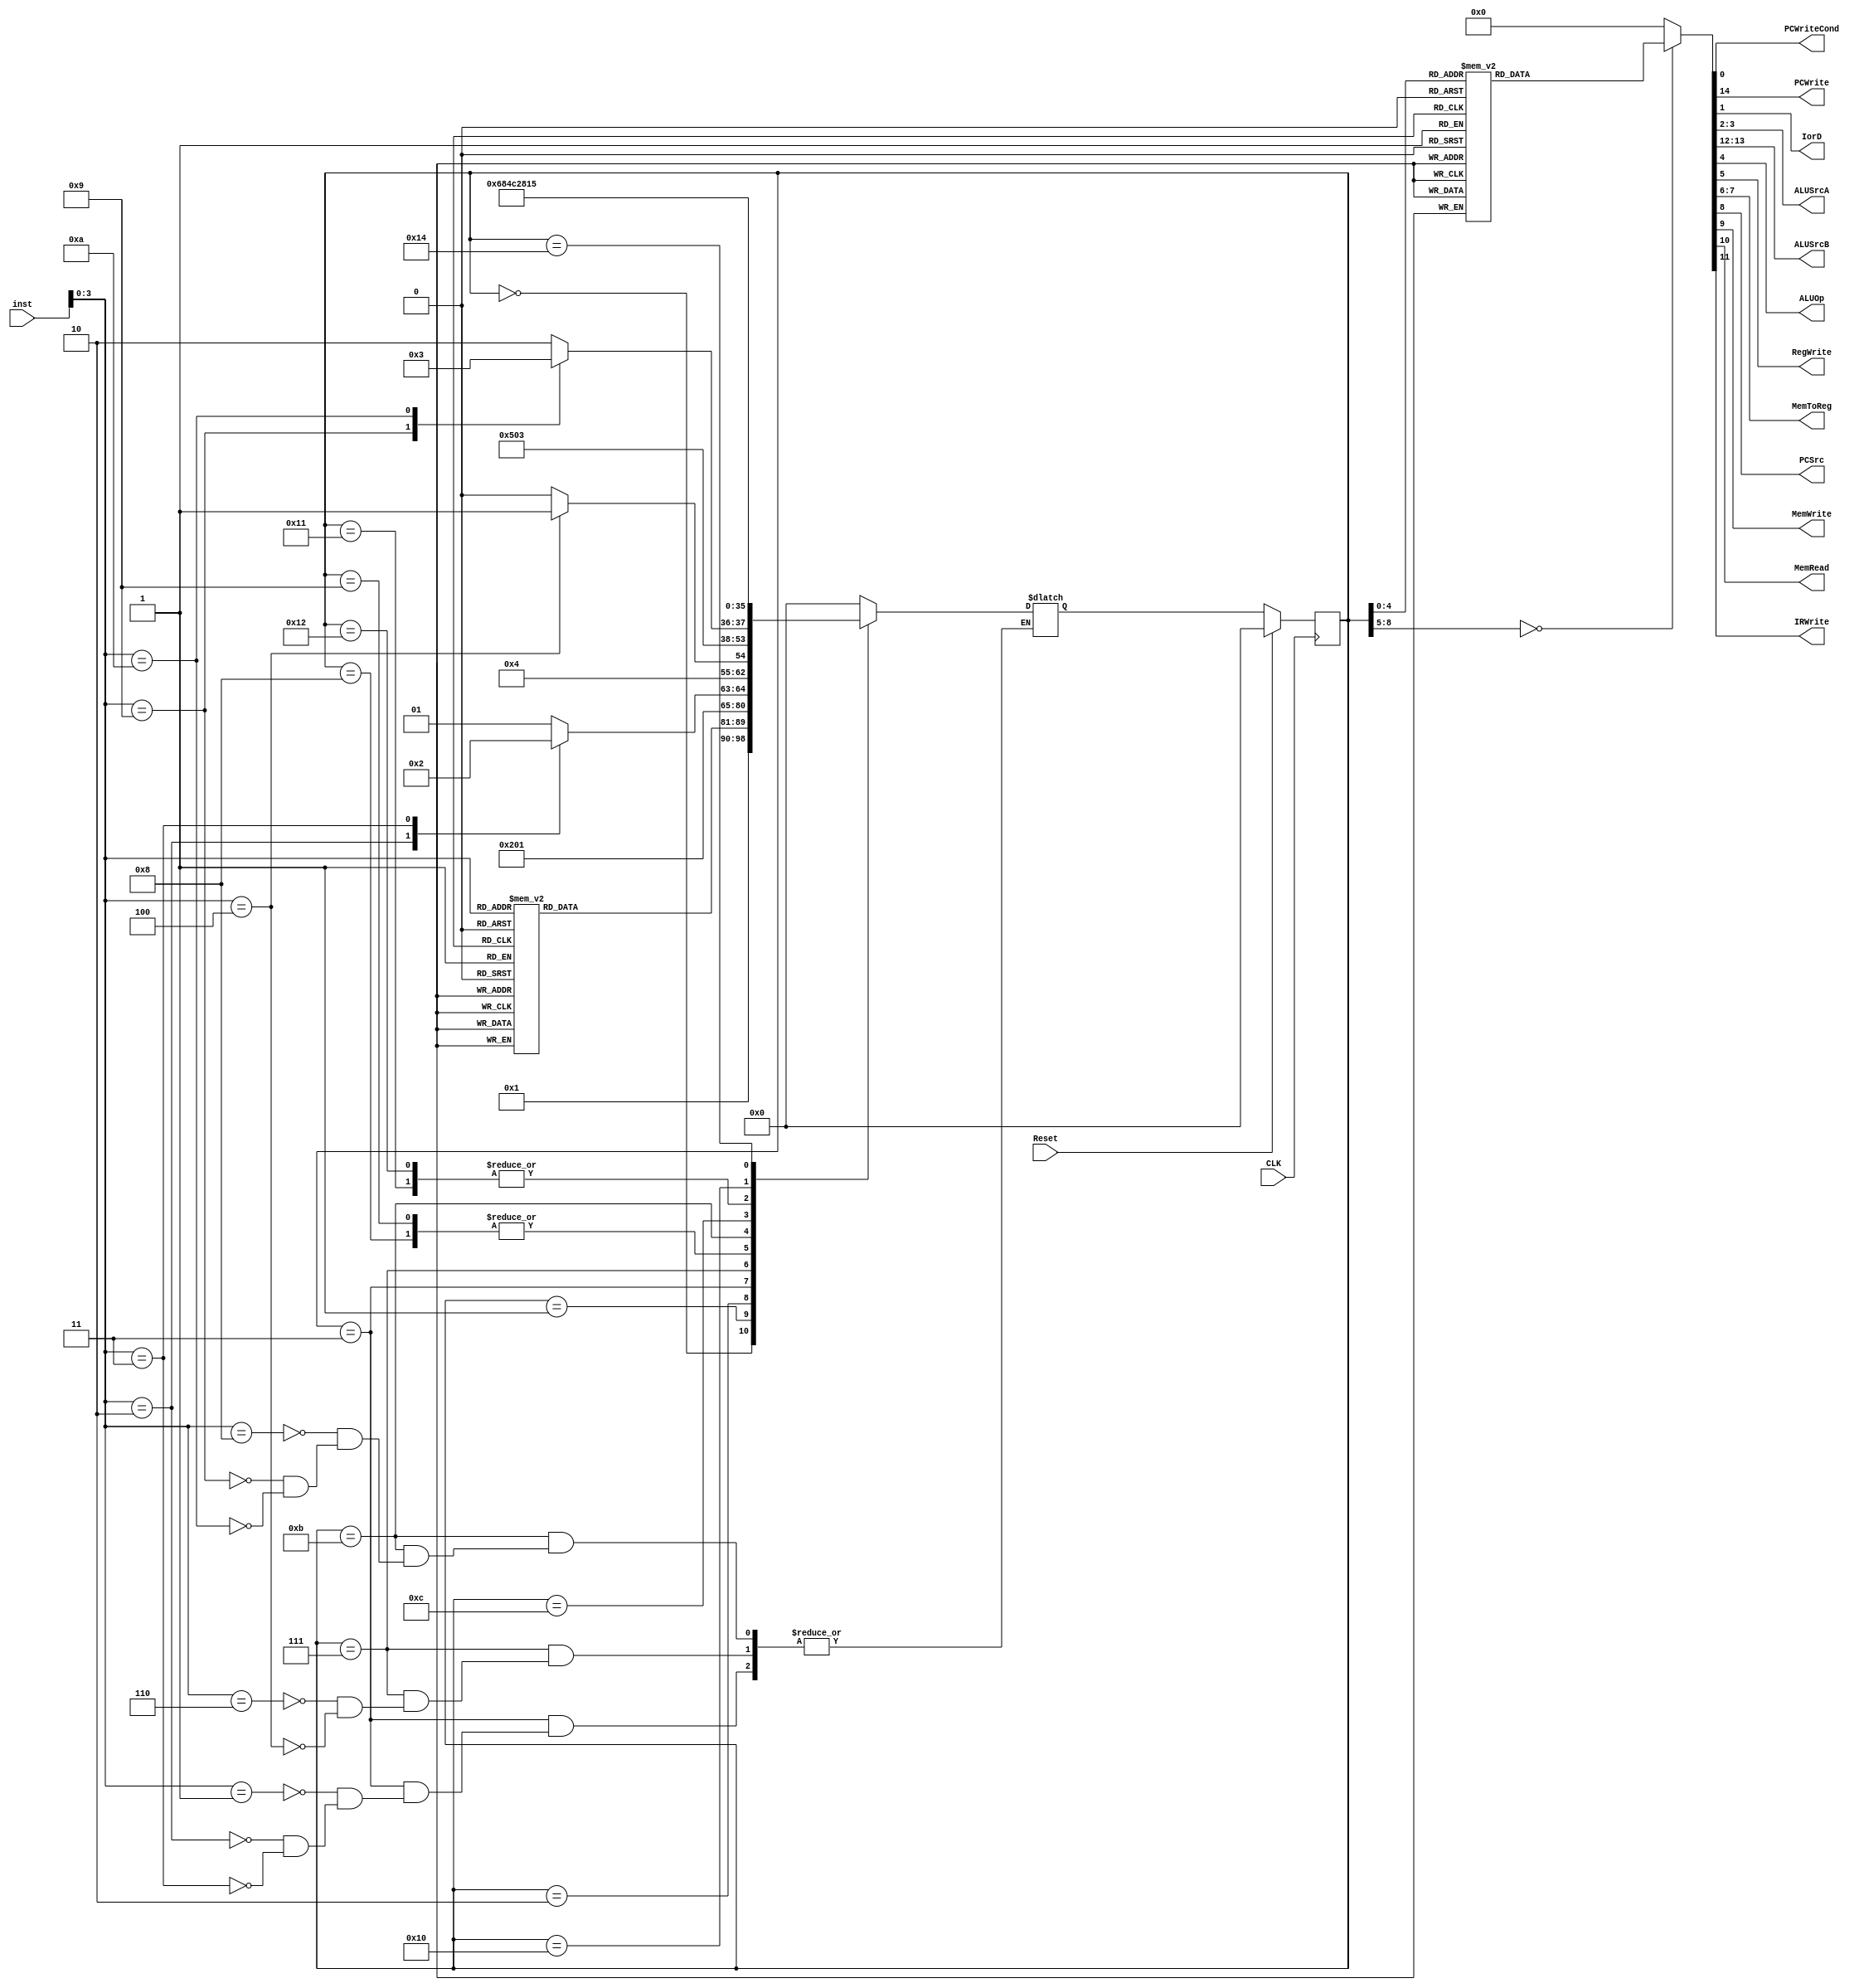
module control_component (PCWriteCond,
    PCWrite,
    IorD,
    ALUSrcA,
    ALUSrcB,
    ALUOp,
    RegWrite,
    MemToReg,
    PCSrc,
    MemWrite,
    MemRead,
    IRWrite,
    inst,
    CLK,
    Reset
);


// outputs
output PCWriteCond; //we know what do :)
output PCWrite;
output IorD;
output [1:0] ALUSrcA;
output [1:0] ALUSrcB;
output ALUOp;
output RegWrite;
output [1:0] MemToReg;
output PCSrc;
output MemWrite;
output MemRead;
output IRWrite;

//inputs
input [15:0]  inst;
input        CLK;
input        Reset;

//wires for internal
reg PCWriteCond;
reg PCWrite;
reg IorD;
reg [1:0] ALUSrcA;
reg [1:0] ALUSrcB;
reg ALUOp;
reg RegWrite;
reg [1:0] MemToReg;
reg PCSrc;
reg MemWrite;
reg MemRead;
reg [3:0] Opcode;
reg IRWrite;

//state flip-flops
reg [8:0]    current_state;
reg [8:0]    next_state;

//state definitions
//common steps
parameter    Fetch = 0;
parameter    Decode = 1;
//r-type (nonbranching)
parameter R_E_A = 2;
parameter R_E_SEG = 3;
parameter R_W_AS = 4;
parameter R_W_G = 5;
parameter R_W_E = 6;
//r-type (branching)
parameter R_E_J = 7;
parameter R_E_Jal = 8;
parameter R_E_Jalr = 9;
parameter R_W_J = 10;

//m-type instructions
parameter M_C = 11;
parameter M_Lw_1 = 12;
parameter M_Lw_2 = 13;
parameter M_Addi = 14;
parameter M_Sw = 15;

//i-type instructions
parameter I_Bne = 16;
parameter I_Lui = 17;
parameter I_Lli = 18;
parameter I_LIW = 19;
parameter I_Bne_2 = 20;
parameter I_Bne_3 = 21;

//register calculation
always @ (posedge CLK)
begin
    if (Reset)
        current_state = Fetch;
    else 
        current_state = next_state;
end


//OUTPUT signals for each state (depends on current state)
always @ (current_state)
begin
    //Reset all signals
    PCWriteCond = 0;
    PCWrite = 0;
    IorD = 0;
    ALUSrcA = 2'b00; //0 = PC, 1 = A
    ALUSrcB = 2'b00; //0 = B, 1 = 2, 2 = imm
    ALUOp = 0; //0 = "+", 1 = "-"
    RegWrite = 0;
    MemToReg = 2'b00; //0 = aluout, 1 = mdr, 2 = zero, 3 = pos
    PCSrc = 0;
    MemWrite = 0;
    MemRead = 0;
    IRWrite = 0;


    case (current_state)
        Fetch:
        begin
            MemRead = 1;
            IRWrite =  1;
            ALUSrcB = 1;
            PCWrite = 1;
        end 

        Decode:
        begin
            //just grabbing A and B
        end

        R_E_A:
        begin
            ALUSrcA = 1;
            //just adding (TODO: double check)
        end

        R_E_SEG:
        begin
            ALUOp = 1;
            ALUSrcA = 1;
        end
        R_W_AS:
        begin
            RegWrite = 1;
        end
        R_W_G:
        begin
            RegWrite = 1;
            MemToReg = 3;
        end

        R_W_E:
        begin
            RegWrite = 1;
            MemToReg = 2;
        end

        R_E_J:
        begin
            //Defaults are all correct
        end
        R_E_Jalr:
        begin
            RegWrite = 1;
        end

        R_W_J:
        begin
            PCWrite = 1;
            PCSrc = 0;
            ALUSrcA = 1;
            ALUSrcB = 3;
            RegWrite = 1;
        end
     
        M_C:
        begin
            ALUSrcA = 1;
            ALUSrcB = 2;
        end

        M_Lw_1:
        begin
            IorD = 1;
            MemRead = 1;
        end

        M_Lw_2:
        begin
            MemToReg = 1;
            RegWrite = 1;
        end
        // M_Lw_1:
        // begin
        //     IorD = 1;
        //     MemRead = 1;
        // end

        // M_Lw_2:
        // begin
        //     MemToReg = 1;
        // end

		M_Addi:
        begin
            RegWrite = 1;
        end

		M_Sw:
        begin
            IorD = 1;
            MemWrite = 1;
        end

		I_Bne:
		begin
			ALUSrcA = 1;
			ALUOp = 1;
		end

        I_Bne_2:
        begin
            ALUSrcA = 3;
            ALUSrcB = 3;
        end

        I_Bne_3:
        begin
            PCSrc = 1;
            PCWriteCond = 1;
        end

		I_Lui:
		begin
			ALUSrcA = 2;
			ALUSrcB = 2;
		end

		I_Lli:
		begin
			ALUSrcA = 2;
			ALUSrcB = 2;
		end

        I_LIW:
        begin
            RegWrite = 1;
        end

        default:
        begin $display ("not implemented"); end
    endcase
end

//NEXT STATE calculation (depends on current state and opcode)       
always @ (current_state, next_state, Opcode)
begin         

// $display("The current state is %d", current_state);

case (current_state)
    Fetch:
    begin
        next_state = Decode;
        // $display("In Fetch, the next_state is %d", next_state);
    end

    Decode: 
    begin       
        // $display("The opcode is %d", Opcode);
        case (Opcode)
            0:
            begin
                next_state = R_E_A;
            end
            1:
            begin
                next_state = R_E_SEG;
            end
            2:
            begin
                next_state = R_E_SEG;
            end
            3:
            begin
                next_state = R_E_SEG;
            end
            4:
            begin
                next_state = R_E_J;
            end
			5:
			begin
				next_state = I_Lui;
			end
            6:
            begin
                next_state = R_E_J;
            end

            8:
            begin
                next_state = M_C;
            end

            9:
            begin
                next_state = M_C;
            end

            10:
            begin
                next_state = M_C;
            end

			11:
			begin
				next_state = I_Bne;
			end

			15:
			begin
				next_state = I_Lli;
			end

			
			
            default:
            begin 
                // $display(" Wrong Opcode :( %d ", Opcode);  
                next_state = Fetch; 
            end

        endcase  
        // $display("In Decode, the next_state is %d", next_state);
    end

    R_E_A:
    begin
        next_state = R_W_AS;
    end

    R_E_SEG:
    begin
        case (Opcode)
            1:
            begin
                next_state = R_W_G;
            end
            2:
            begin
                next_state = R_W_AS;
            end
            3:
            begin
                next_state = R_W_E;
            end               
        endcase

    end


    R_W_AS:
    begin
        next_state = Fetch;
    end

    R_W_G:
    begin
        next_state = Fetch;
    end

    R_W_E:
    begin
        next_state = Fetch;
    end

    R_E_J:
    begin
        case (Opcode)
            6:
            begin
                next_state = R_E_Jal;
            end
            4:
            begin
                next_state = R_E_Jalr;
            end
        endcase
    end

    R_E_Jal:
    begin
        next_state = R_W_J;
    end

    R_E_Jalr:
    begin
        next_state = R_W_J;
    end

    R_W_J:
    begin
        next_state = Fetch;
    end

    M_C:
    begin
        case (Opcode)
            8:
            begin
                next_state = M_Addi;
            end
            9:
            begin
                next_state = M_Lw_1;
            end
            10:
            begin
                next_state = M_Sw;
            end
        endcase

    end

    M_Lw_1:
    begin
        next_state = M_Lw_2;
    end

    M_Lw_2:
    begin
        next_state = Fetch;
    end

    M_Addi:
    begin
        next_state = Fetch;
    end
	
	M_Sw:
	begin
		next_state = Fetch;
	end

    I_Lui:
    begin
        next_state = I_LIW;
    end

    I_Lli:
    begin
        next_state = I_LIW;
    end

    I_LIW:
    begin
        next_state = Fetch;
    end

    I_Bne:
    begin
        next_state = I_Bne_2;
    end

    I_Bne_2:
    begin
        next_state = I_Bne_3;
    end

    I_Bne_3:
    begin
        next_state = Fetch;
    end

    default:
    begin
        // $display("Not implemented!");
        next_state = Fetch;
    end

    endcase

    // $display("After the tests, the next_state is %d", next_state);

    end

    always @(inst) begin
        Opcode = inst[3:0];
    end

    endmodule